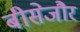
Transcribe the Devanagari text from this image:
बीसेजौर